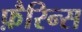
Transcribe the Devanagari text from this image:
फ़ैरिन्स